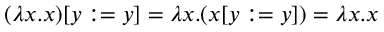
( \lambda x . x ) [ y : = y ] = \lambda x . ( x [ y : = y ] ) = \lambda x . x